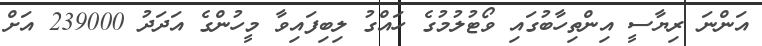
އަންނަ ރިޔާސީ އިންތިހާބުގައި ވޯޓުލުމުގެ ހައްގު ލިބިފައިވާ މީހުންގެ އަދަދު 239000 އަށް